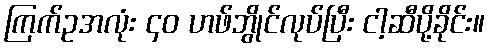
ကြက်ဥအလုံး ၄၀ ဟဖ်ဘွိုင်လုပ်ပြီး ငါ့ဆီပို့ခိုင်း။